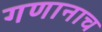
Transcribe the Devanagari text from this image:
गणानाच